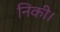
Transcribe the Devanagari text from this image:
निकी।